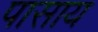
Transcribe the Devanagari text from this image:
पासाय